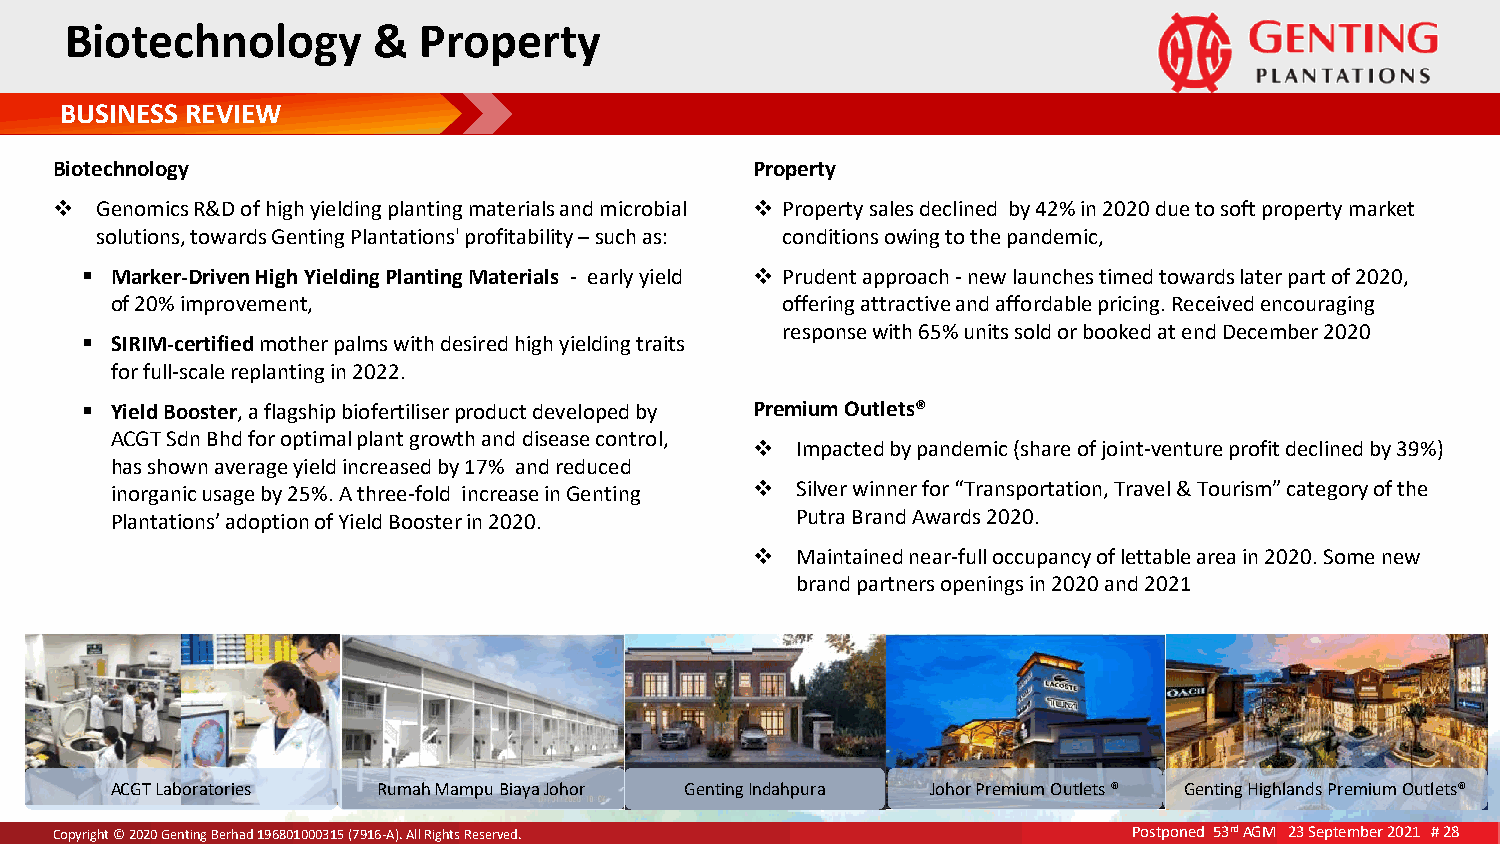
B iote  chnolog   y  &  Property
 BUSINESS REVIEW
 Biotechnology                                  Property
   Genomics R&D of high yielding planting materials and microbial  Property sales declined by 42% in 2020 due to soft property market
 solutions, towards Genting Plantations' profitability – such as: conditions owing to the pandemic,
  Marker-Driven High Yielding Planting Materials - early yield  Prudent approach - new launches timed towards later part of 2020,
 of 20% improvement,                          offering attractive and affordable pricing. Received encouraging
 response with 65% units sold or booked at end December 2020
  SIRIM-certified mother palms with desired high yielding traits
 for full-scale replanting in 2022.
  Yield Booster, a flagship biofertiliser product developed by Premium Outlets®
 ACGT Sdn Bhd for optimal plant growth and disease control,
   Impacted by pandemic (share of joint-venture profit declined by 39%)
 has shown average yield increased by 17% and reduced
 inorganic usage by 25%. A three-fold increase in Genting  Silver winner for “Transportation, Travel & Tourism” category of the
 Plantations’ adoption of Yield Booster in 2020. Putra Brand Awards 2020.
   Maintained near-full occupancy of lettable area in 2020. Some new
 brand partners openings in 2020 and 2021
 ACGT Laboratories Rumah Mampu Biaya Johor Genting Indahpura Johor Premium Outlets ® Genting Highlands Premium Outlets®
 CopyCroigphytr i©gh 2t 0©2 02 0G2e0n tGinegn tBinegrh Baedr h1a9d6 810916080001301050 3(71951 (67-9A1).6 A-All) .R Aiglhl Rtsi gRhetsse Rrevesedr.v ed. Postponed 53rd AGM 23 September 2021 # 28